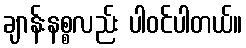
ချာန်းနစ္စလည်း ပါဝင်ပါတယ်။